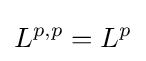
L^{p,p}=L^{p}